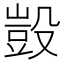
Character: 𣪱